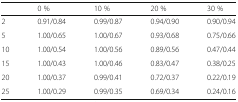
|  | 0 % | 10 % | 20 % | 30 % |
 | --- | --- | --- | --- | --- |
 | 2 | 0.91/0.84 | 0.99/0.87 | 0.94/0.90 | 0.90/0.94 |
 | 5 | 1.00/0.65 | 1.00/0.67 | 0.93/0.68 | 0.75/0.66 |
 | 10 | 1.00/0.54 | 1.00/0.56 | 0.89/0.56 | 0.47/0.44 |
 | 15 | 1.00/0.43 | 1.00/0.46 | 0.83/0.47 | 0.38/0.25 |
 | 20 | 1.00/0.37 | 0.99/0.41 | 0.72/0.37 | 0.22/0.19 |
 | 25 | 1.00/0.29 | 0.99/0.35 | 0.69/0.34 | 0.24/0.16 |